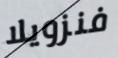
فنزويلا